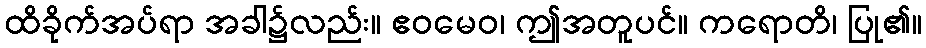
ထိခိုက်အပ်ရာ အခါ၌လည်း။ ဧဝမေဝ၊ ဤအတူပင်။ ကရောတိ၊ ပြု၏။